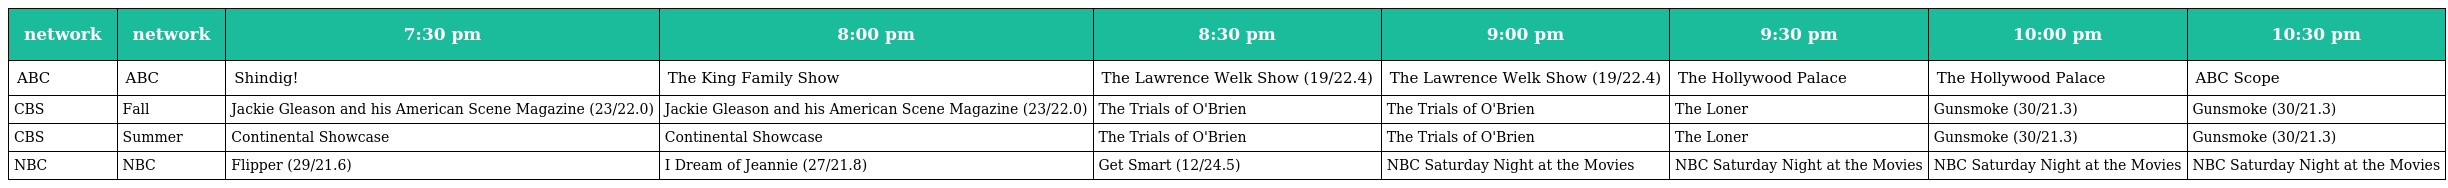
| network | network | 7:30 pm | 8:00 pm | 8:30 pm | 9:00 pm | 9:30 pm | 10:00 pm | 10:30 pm |
 | --- | --- | --- | --- | --- | --- | --- | --- | --- |
 | ABC | ABC | Shindig! | The King Family Show | The Lawrence Welk Show (19/22.4) | The Lawrence Welk Show (19/22.4) | The Hollywood Palace | The Hollywood Palace | ABC Scope |
 | CBS | Fall | Jackie Gleason and his American Scene Magazine (23/22.0) | Jackie Gleason and his American Scene Magazine (23/22.0) | The Trials of O'Brien | The Trials of O'Brien | The Loner | Gunsmoke (30/21.3) | Gunsmoke (30/21.3) |
 | CBS | Summer | Continental Showcase | Continental Showcase | The Trials of O'Brien | The Trials of O'Brien | The Loner | Gunsmoke (30/21.3) | Gunsmoke (30/21.3) |
 | NBC | NBC | Flipper (29/21.6) | I Dream of Jeannie (27/21.8) | Get Smart (12/24.5) | NBC Saturday Night at the Movies | NBC Saturday Night at the Movies | NBC Saturday Night at the Movies | NBC Saturday Night at the Movies |